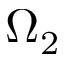
\Omega _ { 2 }